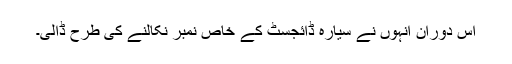
اس دوران انہوں نے سیارہ ڈائجسٹ کے خاص نمبر نکالنے کی طرح ڈالی۔